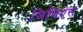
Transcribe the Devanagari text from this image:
जिबिएस